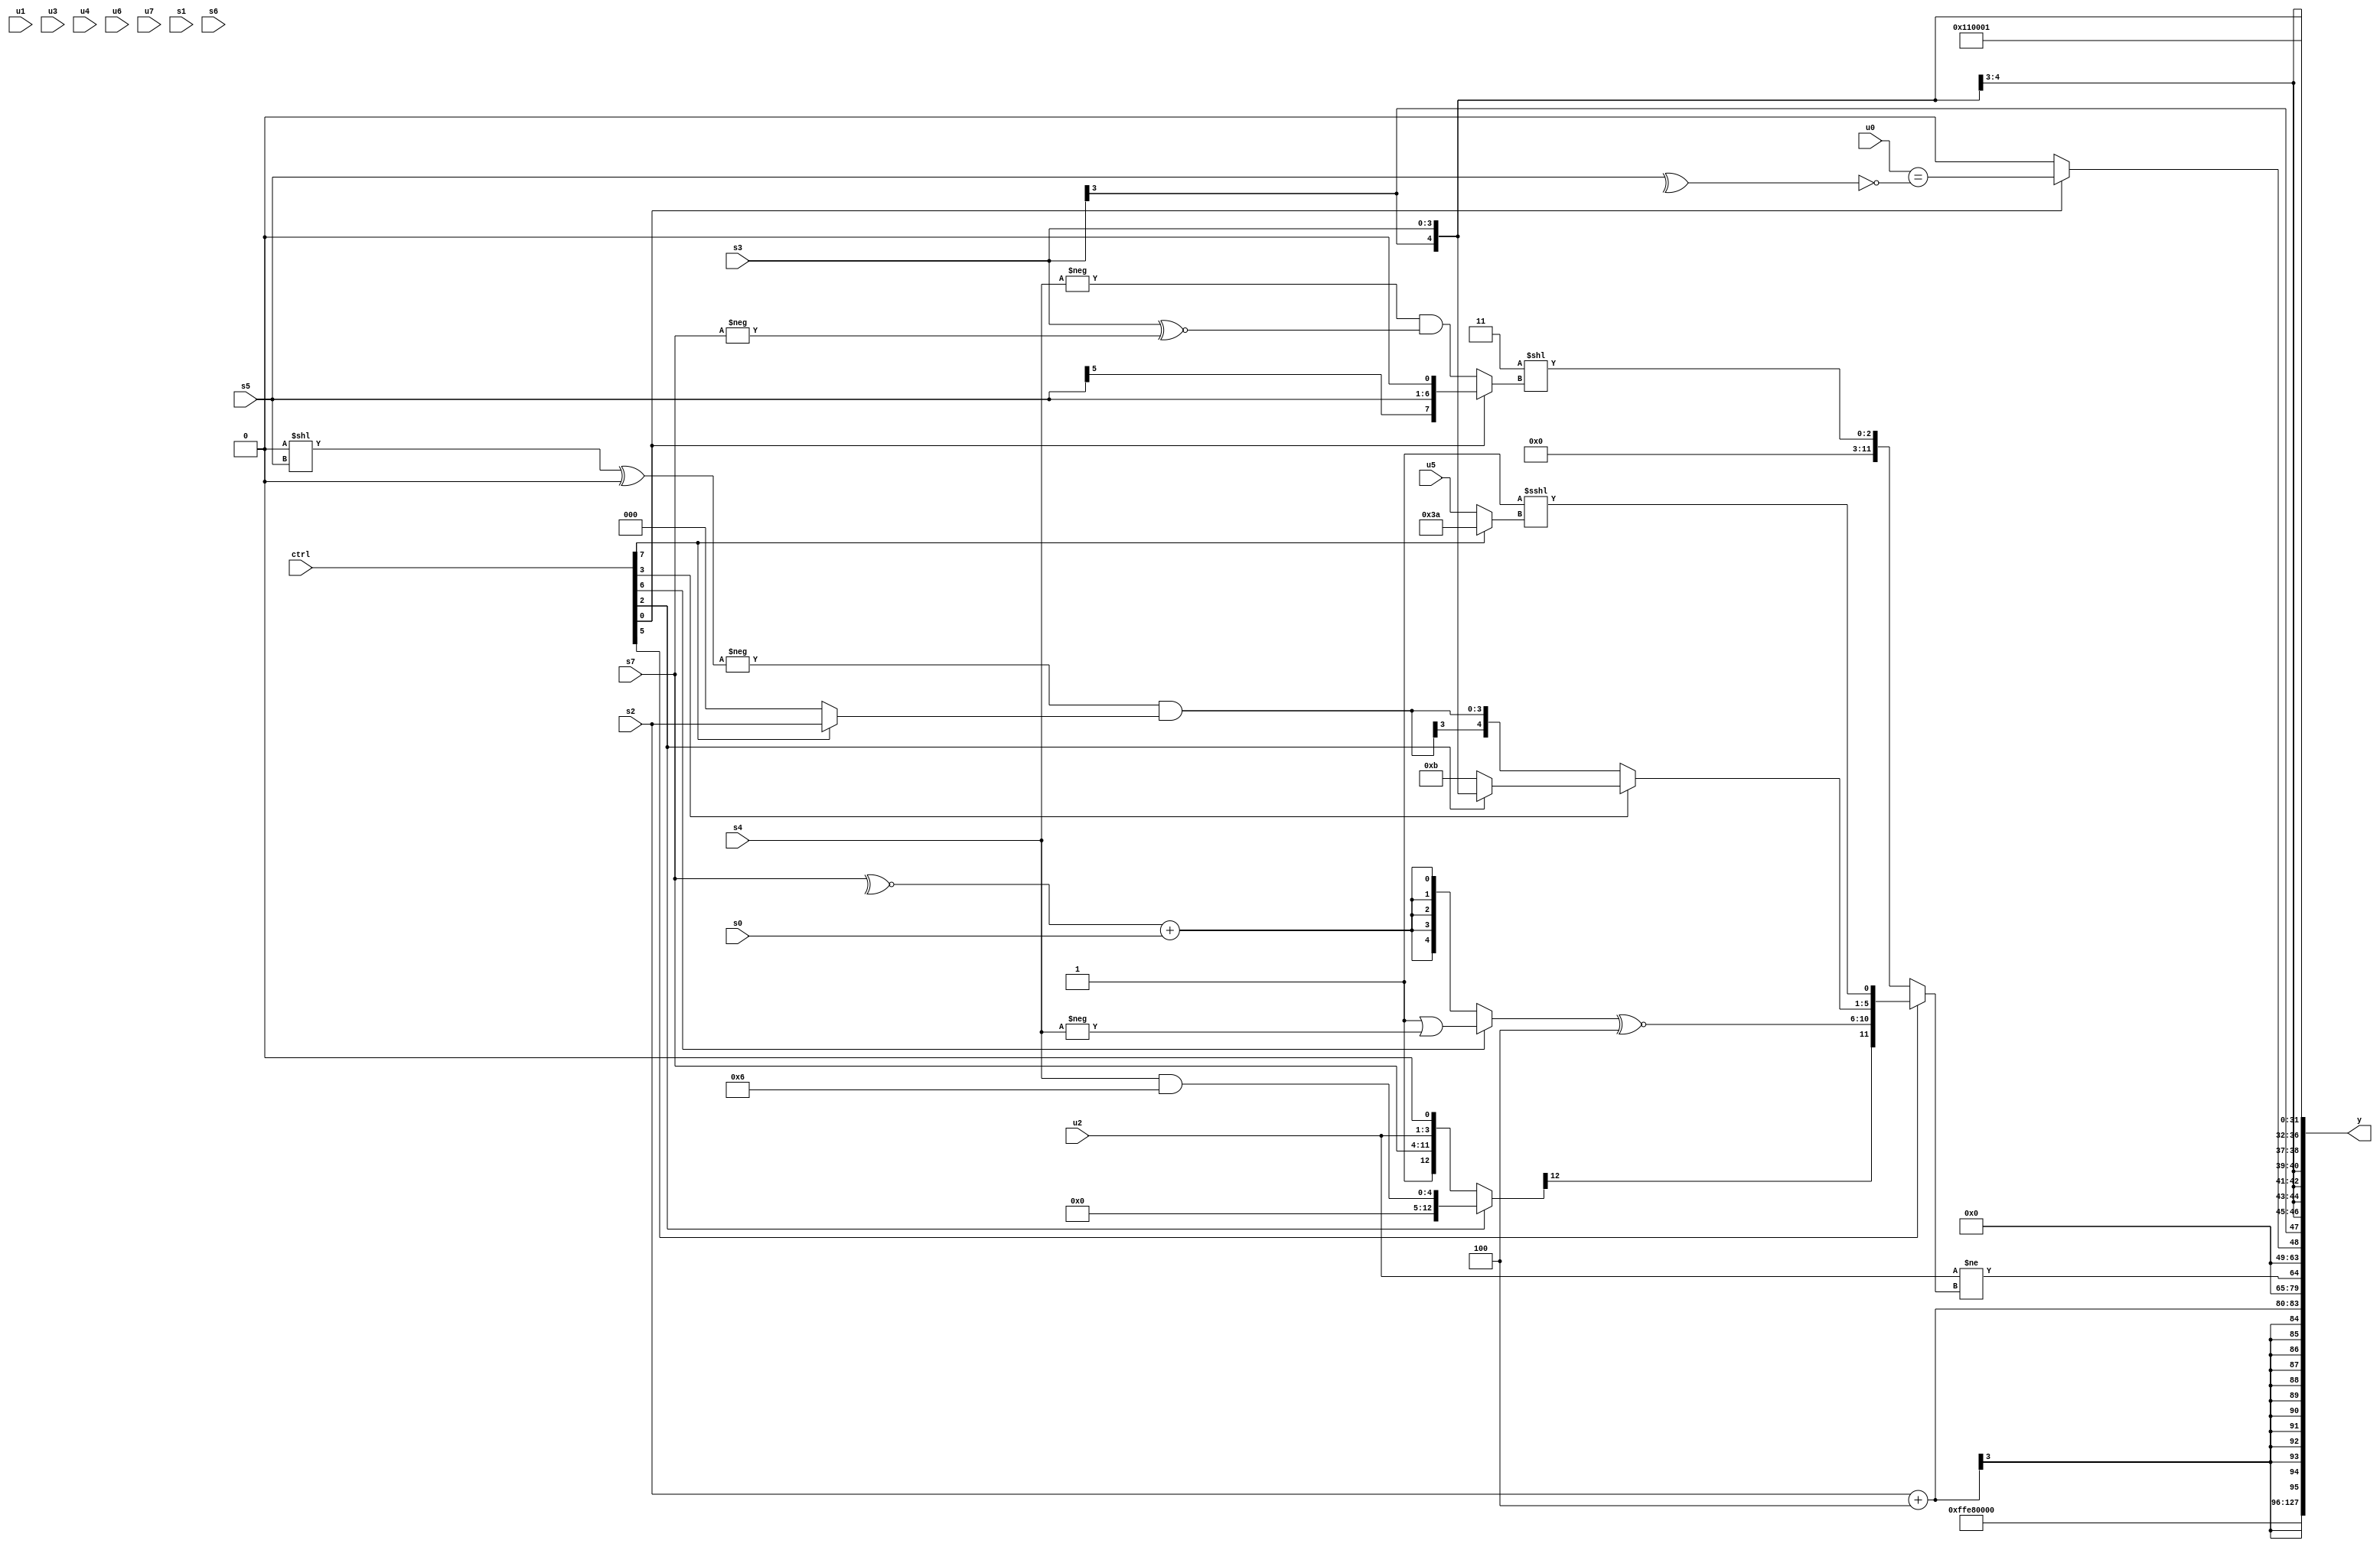
module wideexpr_00240(ctrl, u0, u1, u2, u3, u4, u5, u6, u7, s0, s1, s2, s3, s4, s5, s6, s7, y);
  input [7:0] ctrl;
  input [0:0] u0;
  input [1:0] u1;
  input [2:0] u2;
  input [3:0] u3;
  input [4:0] u4;
  input [5:0] u5;
  input [6:0] u6;
  input [7:0] u7;
  input signed [0:0] s0;
  input signed [1:0] s1;
  input signed [2:0] s2;
  input signed [3:0] s3;
  input signed [4:0] s4;
  input signed [5:0] s5;
  input signed [6:0] s6;
  input signed [7:0] s7;
  output [127:0] y;
  wire [15:0] y0;
  wire [15:0] y1;
  wire [15:0] y2;
  wire [15:0] y3;
  wire [15:0] y4;
  wire [15:0] y5;
  wire [15:0] y6;
  wire [15:0] y7;
  assign y = {y0,y1,y2,y3,y4,y5,y6,y7};
  assign y0 = 6'sb101000;
  assign y1 = 2'sb00;
  assign y2 = (+(s2))+($signed(3'sb100));
  assign y3 = (u2)!=((ctrl[5]?{($signed((ctrl[2]?$signed((s4)&($signed(4'sb0110))):+({-(1'sb1),s7,{1{u2}},-(1'sb0)}))))>>(6'sb001100),{1{((ctrl[6]?($signed(1'sb1))|(-(s4)):$signed((~^(s7))+($unsigned(s0)))))^~(4'sb1100)}},(ctrl[3]?(ctrl[2]?s3:$signed(5'sb01011)):$signed((-(((1'sb0)<<(s5))^((4'sb1111)<<(5'sb11000))))&((ctrl[7]?s2:1'sb0)))),(1'sb1)<<<((ctrl[7]?{1{-($signed(6'sb000110))}}:u5))}:{1{({3'b011})<<((ctrl[0]?(s5)<<<($signed(1'sb1)):(ctrl[0]?+($signed($unsigned(s7))):(+(-(s4)))&((s3)^~(-(s7))))))}}));
  assign y4 = (ctrl[0]?$unsigned($signed((u0)==(!(^(s5))))):$unsigned(1'sb0));
  assign y5 = $signed(s3);
  assign y6 = 6'sb010001;
  assign y7 = ^(5'sb00010);
endmodule